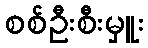
စစ်ဦးစီးမှူး